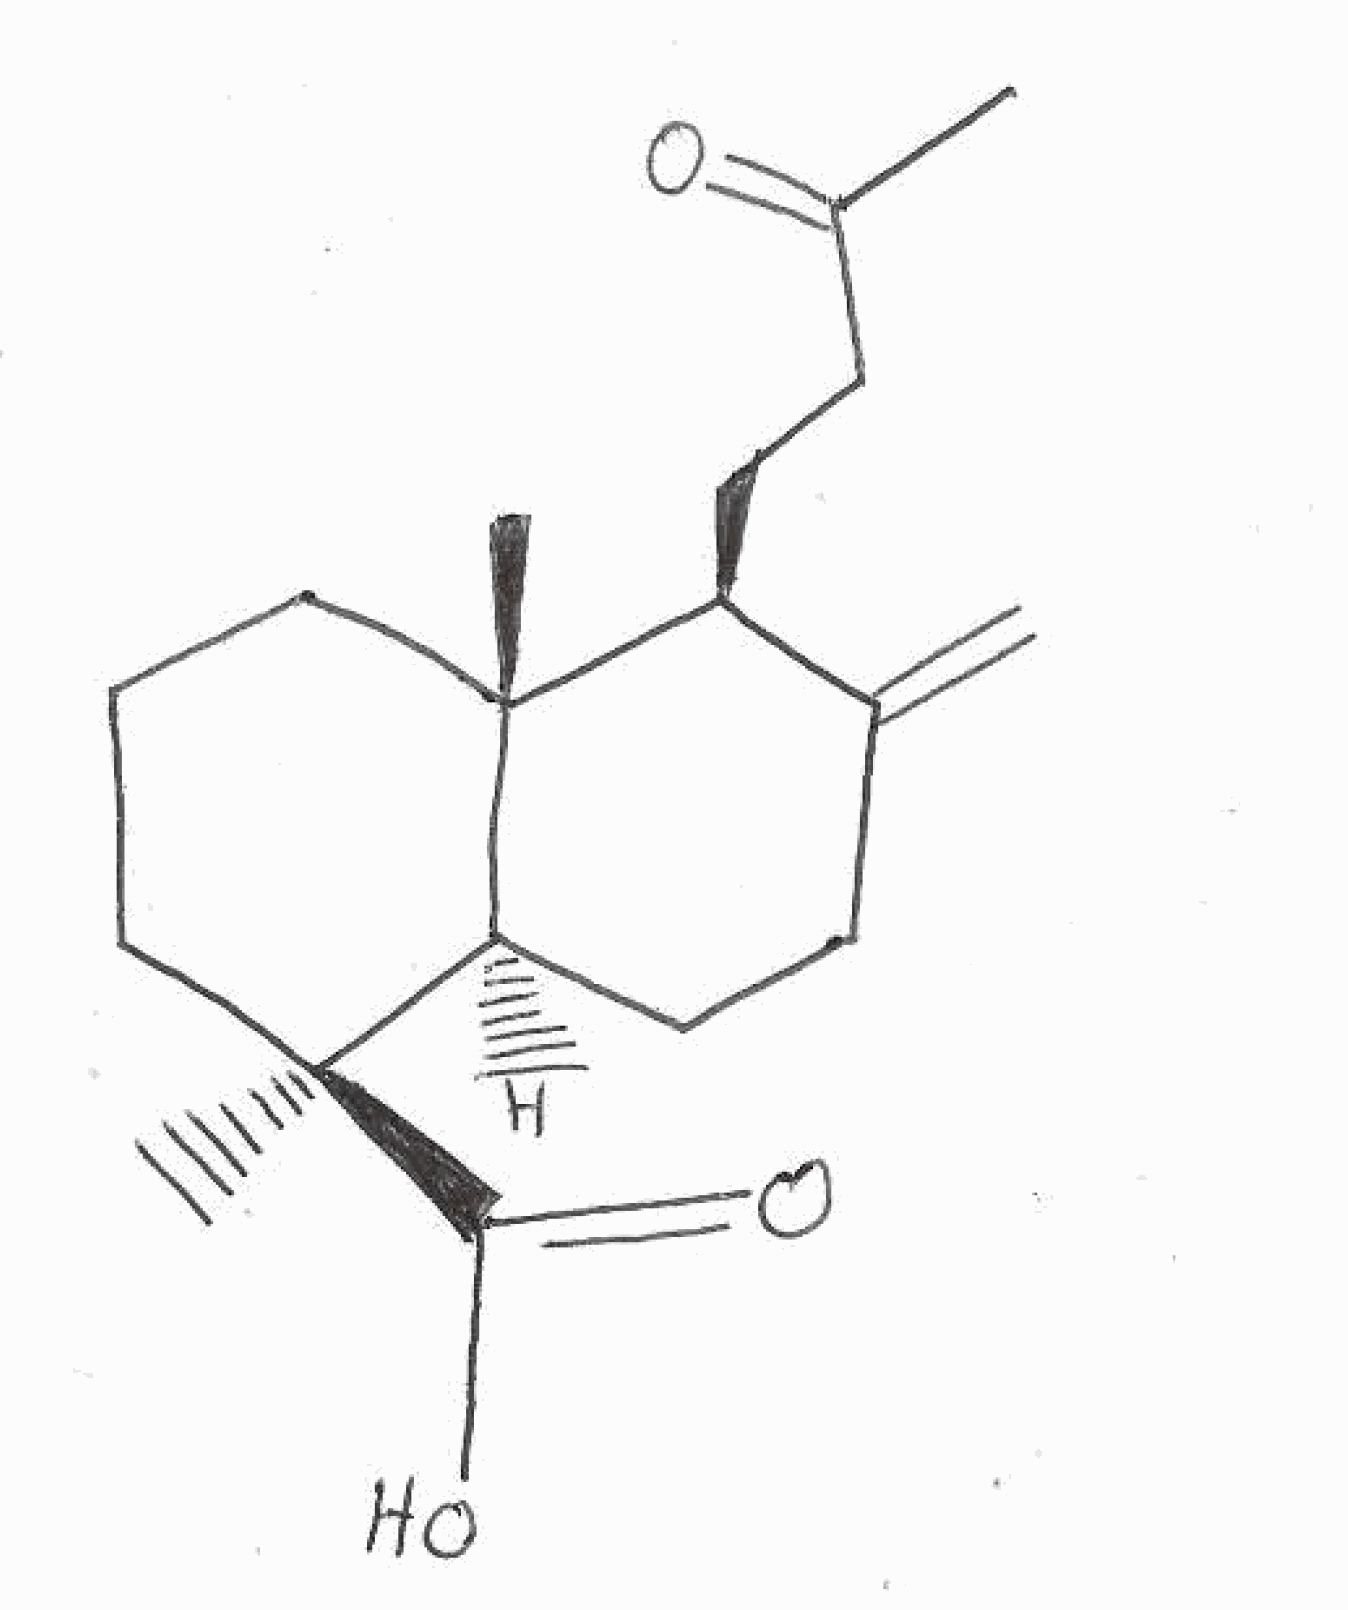
Simplified molecular-input line-entry system (SMILES) notation of the given molecule:
CC(=O)CC[C@H]1C(=C)CC[C@@H]2[C@@]1(CCC[C@]2(C)C(=O)O)C